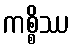
ကစ္စိဿ